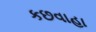
કછવાહા